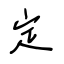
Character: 定